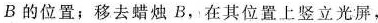
B的位置；移去蜡烛B.在其位置上竖立光屏，